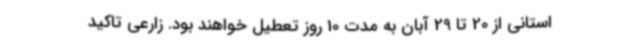
استانی از 20 تا 29 آبان به مدت 10 روز تعطیل خواهند بود. زارعی تاکید